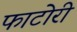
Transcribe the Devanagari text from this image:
फाटोरी